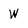
Character: W